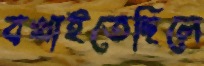
বখাইতেছিলে